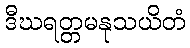
ဒီဃရတ္တမနုသယိတံ